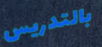
بالتدريس